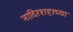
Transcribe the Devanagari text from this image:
नादिरशहाच्या